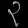
Digit: ၃